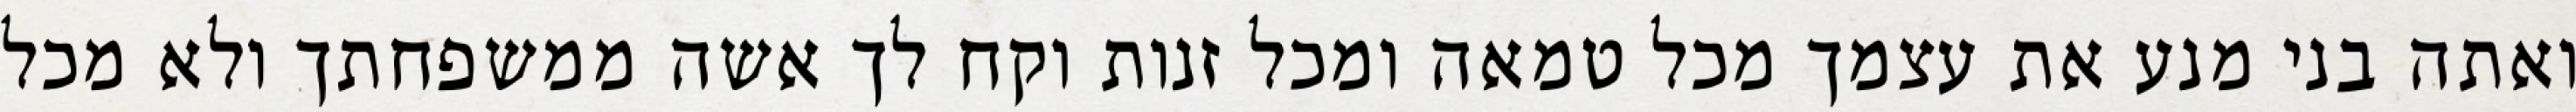
ואתה בני מנע את עצמך מכל טמאה ומכל זנות וקח לך אשה ממשפחתך ולא מכל